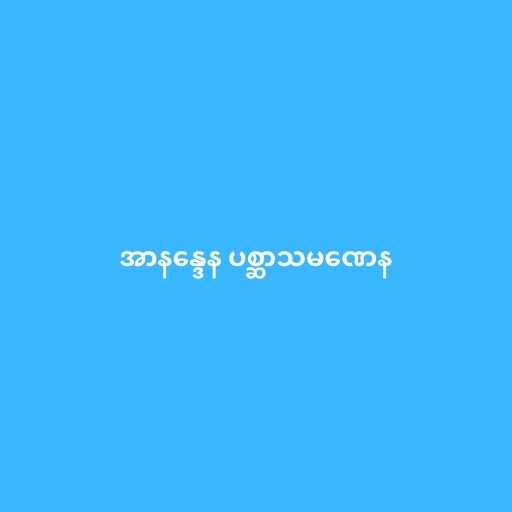
အာနန္ဒေန ပစ္ဆာသမဏေန